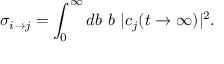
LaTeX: \sigma _ { i \rightarrow j } = \int _ { 0 } ^ { \infty } d b \ b \ | c _ { j } ( t \rightarrow \infty ) | ^ { 2 } .